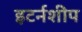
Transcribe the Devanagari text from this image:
इटर्नशीप